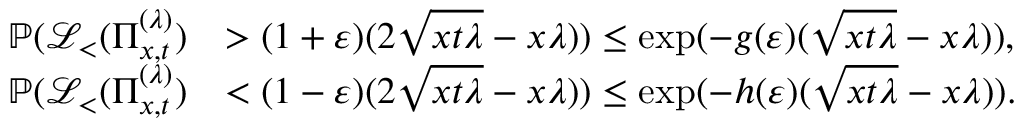
\begin{array} { r l } { \mathbb { P } ( \mathcal { L } _ { < } ( \Pi _ { x , t } ^ { ( \lambda ) } ) } & { > ( 1 + \varepsilon ) ( 2 \sqrt { x t \lambda } - x \lambda ) ) \le \exp ( - g ( \varepsilon ) ( \sqrt { x t \lambda } - x \lambda ) ) , } \\ { \mathbb { P } ( \mathcal { L } _ { < } ( \Pi _ { x , t } ^ { ( \lambda ) } ) } & { < ( 1 - \varepsilon ) ( 2 \sqrt { x t \lambda } - x \lambda ) ) \le \exp ( - h ( \varepsilon ) ( \sqrt { x t \lambda } - x \lambda ) ) . } \end{array}